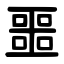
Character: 噩